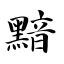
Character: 黯